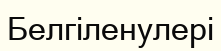
Белгіленулері